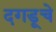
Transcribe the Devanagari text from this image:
दगडूचे